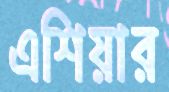
এশিয়ার